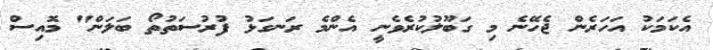
އެކަމަކު އަހަރެން ޖެހޭނެ މި ގަބޫލުކުރެވެނީ އެންމެ ރަނގަޅު ފުރުސަތުތޯ ބަލަން" މޮއިސް